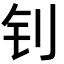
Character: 钊